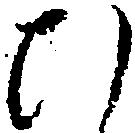
ひ